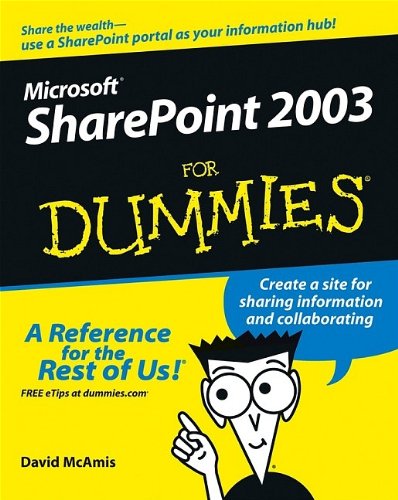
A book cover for Microsoft SharePoint 2003 For Dummies; Vanessa L. Williams; Computers & Technology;